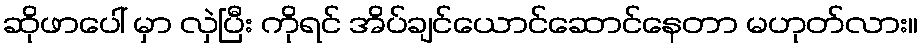
ဆိုဖာပေါ် မှာ လှဲပြီး ကိုရင် အိပ်ချင်ယောင်ဆောင်နေတာ မဟုတ်လား။